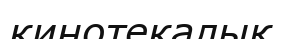
кинотекалық